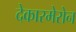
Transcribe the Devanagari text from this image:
देकारमेरोन